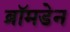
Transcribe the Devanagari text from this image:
ब्रॉमडेन